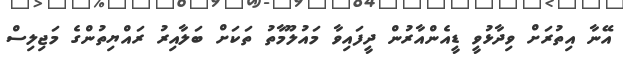
އޭނާ އިތުރަށް ވިދާޅުވީ ޑީއެންއާރުން ދީފައިވާ މައުލޫމާތު ތަކަށް ބަލާއިރު ރައްޔިތުންގެ މަޖިލިސް